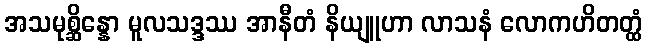
အသမုစ္ဆိန္နော မူလသဒ္ဒဿ အာနီတံ နိယျူဟာ လာသနံ လောကဟိတတ္ထံ